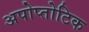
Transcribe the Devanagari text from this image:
अपोप्तोटिक